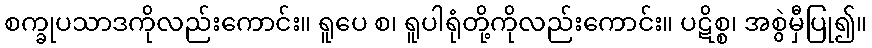
စက္ခုပသာဒကိုလည်းကောင်း။ ရူပေ စ၊ ရူပါရုံတို့ကိုလည်းကောင်း။ ပဋိစ္စ၊ အစွဲမှီပြု၍။